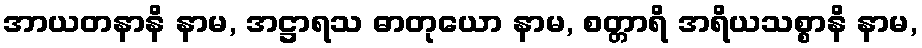
အာယတနာနိ နာမ, အဋ္ဌာရသ ဓာတုယော နာမ, စတ္တာရိ အရိယသစ္စာနိ နာမ,